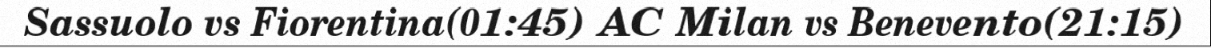
Sassuolo vs Fiorentina(01:45) AC Milan vs Benevento(21:15)